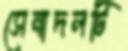
সেনাদলটি